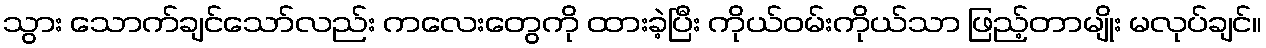
သွား သောက်ချင်သော်လည်း ကလေးတွေကို ထားခဲ့ပြီး ကိုယ်ဝမ်းကိုယ်သာ ဖြည့်တာမျိုး မလုပ်ချင်။